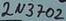
Text: 2N3702